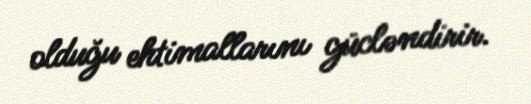
olduğu ehtimallarını gücləndirir.